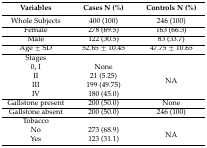
| Variables | Cases N (%) | Controls N (%) |
 | --- | --- | --- |
 | Whole Subjects | 400 (100) | 246 (100) |
 | Female | 278 (69.5) | 163 (66.3) |
 | Male | 122 (30.5) | 83 (33.7) |
 | Age ± SD | 52.65 ± 10.45 | 47.75 ± 10.65 |
 | Stages |  |  |
 | 0, I | None | <ROWSPAN=4> NA |
 | II | 21 (5.25) |
 | III | 199 (49.75) |
 | IV | 180 (45.0) |
 | Gallstone present | 200 (50.0) | None |
 | Gallstone absent | 200 (50.0) | 246 (100) |
 | Tobacco |  |  |
 | No | 273 (68.9) | <ROWSPAN=2> NA |
 | Yes | 123 (31.1) |